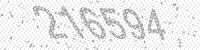
Solution: 216594